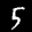
Label: 5